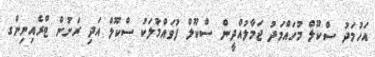
އަހުމަދު ސްކޫލް މުހައްމަދު ޖަމާލުއްދީން ސްކޫލް ފުވައްމުލަކު ސްކޫލް އަދި ރަށުން ޓްރެއިނިންގ